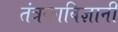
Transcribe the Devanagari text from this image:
तंत्रकाविज्ञानी